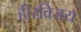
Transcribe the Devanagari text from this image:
हीरविजय